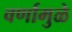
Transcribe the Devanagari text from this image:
वर्णामुळे